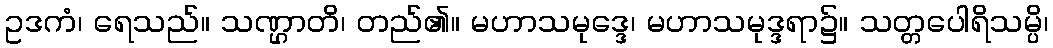
ဥဒကံ၊ ရေသည်။ သဏ္ဌာတိ၊ တည်၏။ မဟာသမုဒ္ဒေ၊ မဟာသမုဒ္ဒရာ၌။ သတ္တပေါရိသမ္ပိ၊